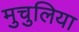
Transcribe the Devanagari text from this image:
मुचुलिया